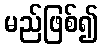
မည်ဖြစ်၍